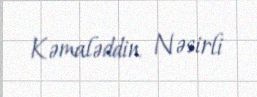
Kəmaləddin Nəsirli